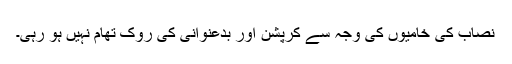
نصاب کی خامیوں کی وجہ سے کرپشن اور بدعنوانی کی روک تھام نہیں ہو رہی۔